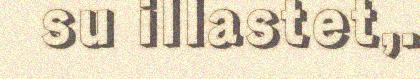
su illastet,.